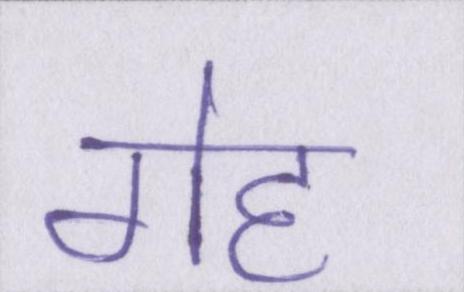
गेह